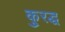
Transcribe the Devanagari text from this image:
कु्रद्ध